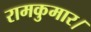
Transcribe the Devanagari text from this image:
रामकुमार।